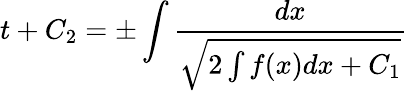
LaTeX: t+C_{2}=\pm\int{\frac{dx}{\sqrt{2\int f(x)dx+C_{1}}}}